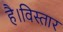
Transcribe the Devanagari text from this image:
है।विस्तार